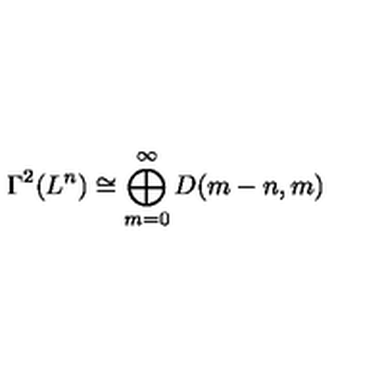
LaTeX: \Gamma ^ { 2 } ( L ^ { n } ) \cong \bigoplus _ { m = 0 } ^ { \infty } D ( m - n , m )